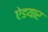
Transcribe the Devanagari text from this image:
ऐडयार